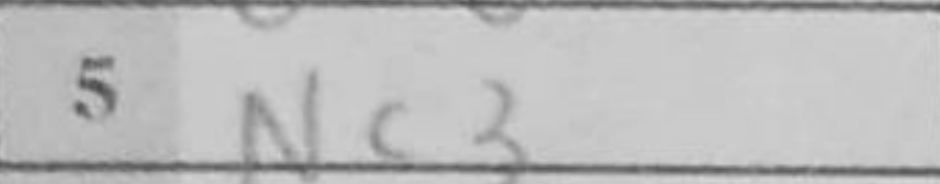
Transcription: Nc3